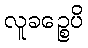
လူခဉ္စေပိ